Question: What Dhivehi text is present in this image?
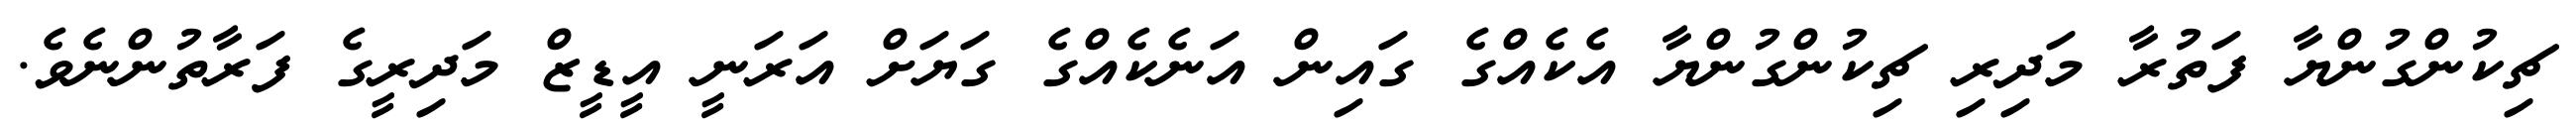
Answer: ޗިކުންގުންޔާ ފަތުރާ މަދިރި ޗިކުންގުންޔާ އެކެއްގެ ގައިން އަނެކެއްގެ ގަޔަށް އަރަނީ އީޑީޒް މަދިރީގެ ފަރާތުންނެވެ.